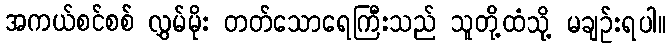
အကယ်စင်စစ် လွှမ်မိုး တတ်သောရေကြီးသည် သူတို့ထံသို့ မချဉ်းရပါ။